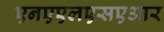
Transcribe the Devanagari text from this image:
एनएएलएसएआर